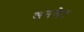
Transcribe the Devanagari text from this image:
अनसेट